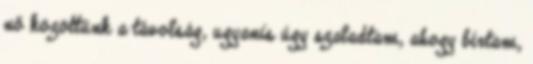
nő közöttünk a távolság, ugyanis úgy szaladtam, ahogy bírtam,